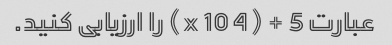
عبارت 5 + (4 x 10) را ارزیابی کنید.